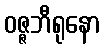
ဝဇ္ဇဘီရုနော